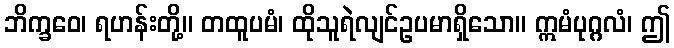
ဘိက္ခဝေ၊ ရဟန်းတို့။ တထူပမံ၊ ထိုသူရဲလျင်ဥပမာရှိသော။ ဣမံပုဂ္ဂလံ၊ ဤ